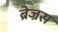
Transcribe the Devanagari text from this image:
ब्रेज्रस